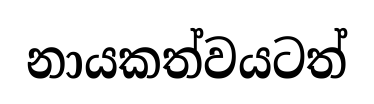
නායකත්වයටත්